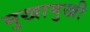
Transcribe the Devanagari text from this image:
मुखामुखी